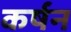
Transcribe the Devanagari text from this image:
कर्षन